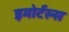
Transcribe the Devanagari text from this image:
इमोर्टल्स